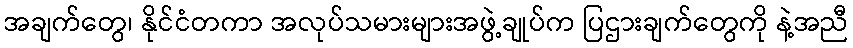
အချက်တွေ၊ နိုင်ငံတကာ အလုပ်သမားများအဖွဲ့ချုပ်က ပြဌားချက်တွေကို နဲ့အညီ